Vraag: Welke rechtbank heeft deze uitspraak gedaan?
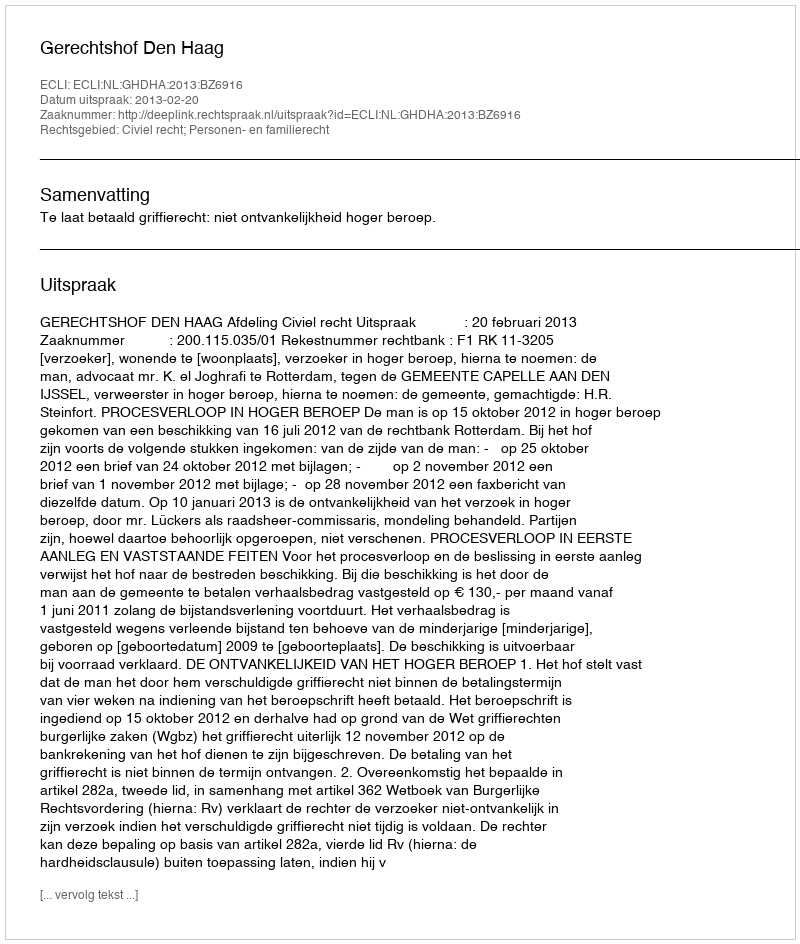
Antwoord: Gerechtshof Den Haag